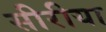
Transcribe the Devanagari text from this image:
सीरीया